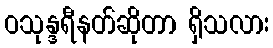
ဝသုန္ဒရီနတ်ဆိုတာ ရှိသလား